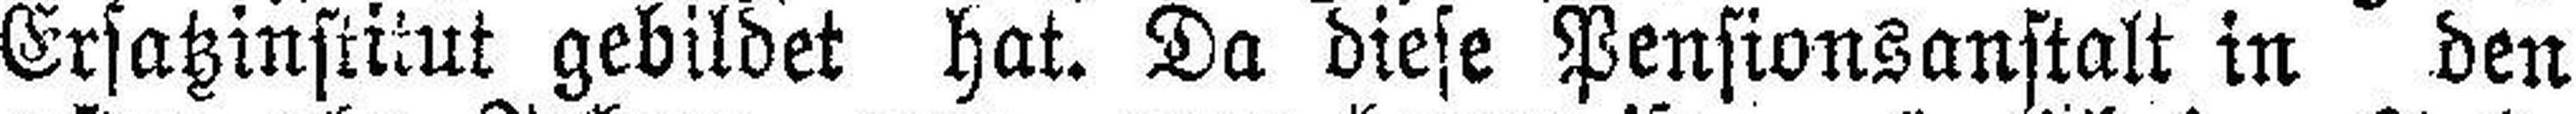
Ersatzinstitut gebildet hat. Da diese Pensionsanstalt in den